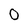
Character: 0